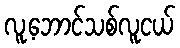
လူ့ဘောင်သစ်လူငယ်